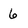
Character: 6